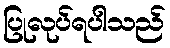
ပြုလုပ်ရပါသည်